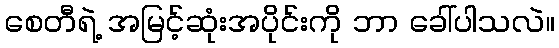
စေတီရဲ့ အမြင့်ဆုံးအပိုင်းကို ဘာ ခေါ်ပါသလဲ။